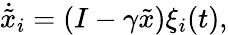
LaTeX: \dot{\tilde{x}}_{i}=\left(I-\gamma\tilde{x}\right)\xi_{i}(t),